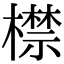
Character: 㯲